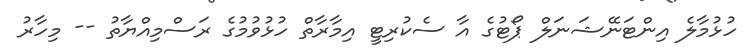
ހުޅުމާލެ އިންޓަނޭޝަނަލް ޕޯޓުގެ އާ ސެކުރިޓީ އިމާރާތް ހުޅުވުމުގެ ރަސްމިއްޔާތު -- މިހާރު